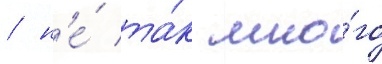
/ н'е́ та́к мно́го